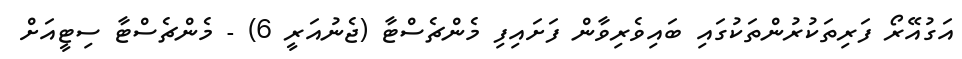
އަގުއޭރޯ ފަރިތަކުރުންތަކުގައި ބައިވެރިވާން ފަށައިފި މެންޗެސްޓާ (ޖެނުއަރީ 6) - މެންޗެސްޓާ ސިޓީއަށް